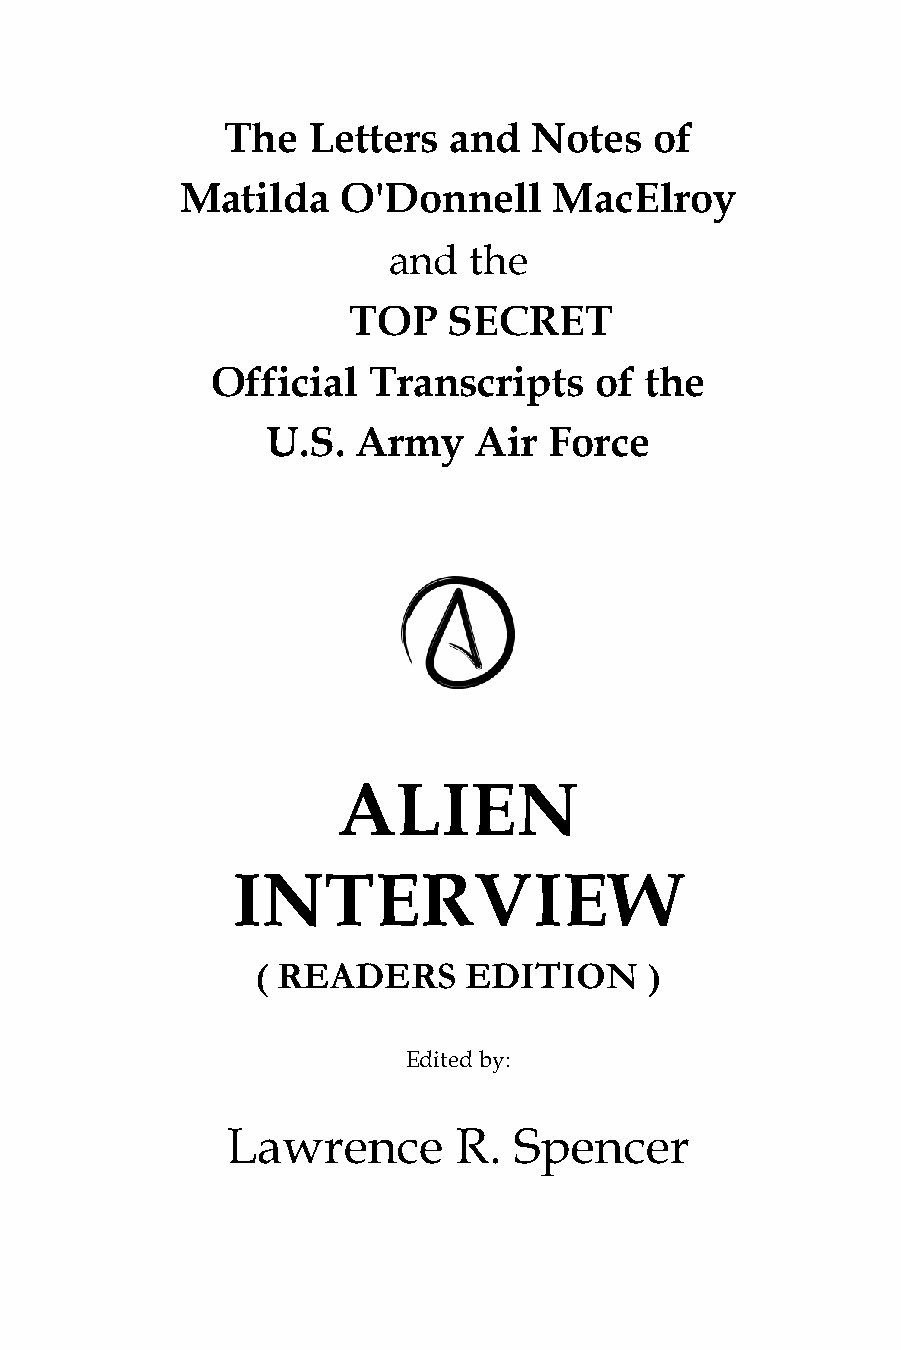
The  Letters   and  Notes   of
 Matilda    O'Donnell     MacElroy
 and  the
 TOP    SECRET
 Official  Transcripts    of  the
 U.S.  Army   Air  Force
 ALIEN
 INTERVIEW
 ( READERS     EDITION     )
 Edited by:
 Lawrence       R.  Spencer